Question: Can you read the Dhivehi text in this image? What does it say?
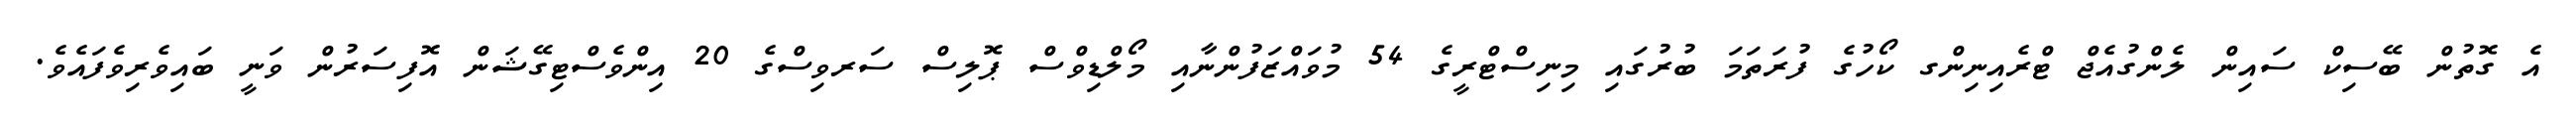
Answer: އެ ގޮތުން ބޭސިކް ސައިން ލެންގުއެޖް ޓްރެއިނިންގ ކޯހުގެ ފުރަތަމަ ބުރުގައި މިނިސްޓްރީގެ 54 މުވައްޒަފުންނާއި މޯލްޑިވްސް ޕޮލިސް ސަރވިސްގެ 20 އިންވެސްޓިގޭޝަން އޮފިސަރުން ވަނީ ބައިވެރިވެފައެވެ.